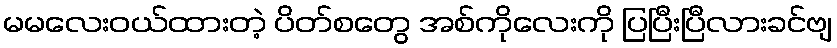
မမလေးဝယ်ထားတဲ့ ပိတ်စတွေ အစ်ကိုလေးကို ပြပြီးပြီလားခင်ဗျ